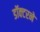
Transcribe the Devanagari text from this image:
डॉक्‍टरने